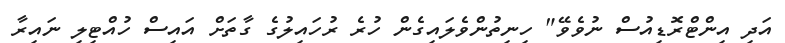
އަދި އިންޓްރޮޑިއުސް ނުވެވޭ" ހިނިތުންވެލައިގެން ހުރެ ރުހައިލުގެ ގާތަށް އައިސް ހުއްޓިލި ނައިރާ